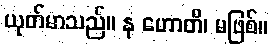
ယုတ်မာသည်။ န ဟောတိ၊ မဖြစ်။